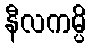
နီလကမ္ပိ